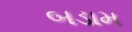
બડામ